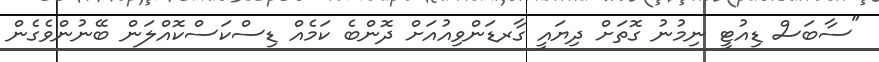
"ސާބަސް ޑިއުޓީ ނިމުނު ގޮތަށް ދިޔައީ ގާރޑަންވިއުއަށް ދޮންބެ ކަމެއް ޑިސްކަސްކޮއްލަން ބޭނުންވެގެން